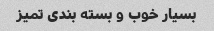
بسیار خوب و بسته بندی تمیز